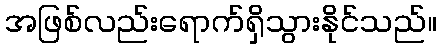
အဖြစ်လည်းရောက်ရှိသွားနိုင်သည်။